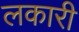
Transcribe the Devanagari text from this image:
लकारी